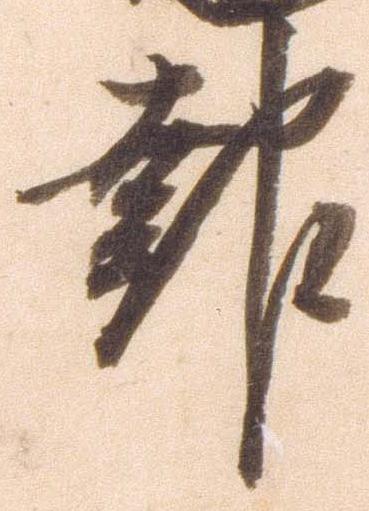
報